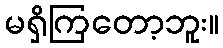
မရှိကြတော့ဘူး။